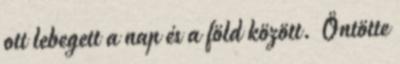
ott lebegett a nap és a föld között. Öntötte